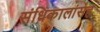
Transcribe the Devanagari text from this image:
संधिकालांसह